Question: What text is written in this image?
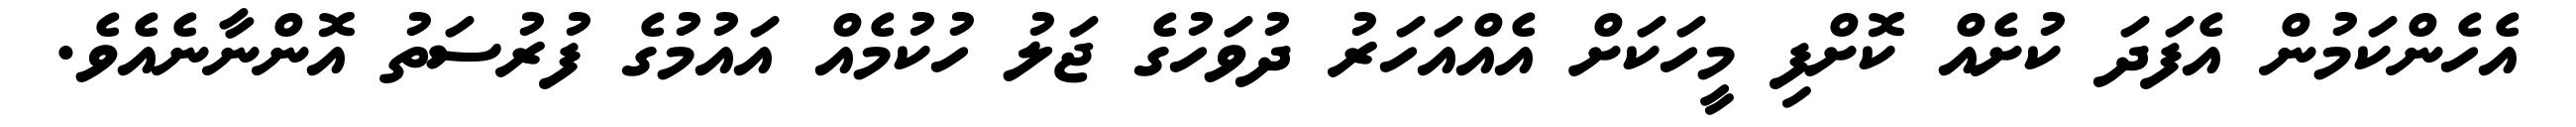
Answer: އެހެންކަމުން އެފަދަ ކުށެއް ކޮށްފި މީހަކަށް އެއްއަހަރު ދުވަހުގެ ޖަލު ހުކުމެއް އައުމުގެ ފުރުސަތު އޮންނާނެއެވެ.